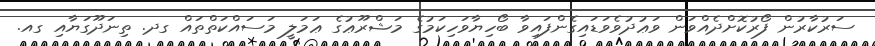
ސަރުކާރުން ފޯރުކޮށްދެއްވަން ވަޢުދުވެވަޑައިގެންފައިވާ ބޯހިޔާވަހިކަމުގެ މަޝްރޫޢުގެ ޢަމަލީ މަސައްކަތްތައް ގދ. ތިނަދޫގަޔާއި ގއ.